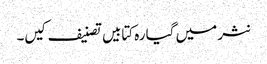
نثر میں گیارہ کتابیں تصنیف کیں۔